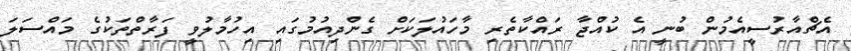
އެޗްއާރުސީއެމުން ބުނީ އެ ކުއްޖާ ރައްކާތެރި މާހައުލަކަށް ގެންދިއުމުގައި އިހުމާލުވީ ފަރާތްތަކުގެ މައްސަލަ